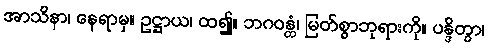
အာသိနာ၊ နေရာမှ။ ဥဋ္ဌာယ၊ ထ၍။ ဘဂဝန္တံ၊ မြတ်စွာဘုရားကို။ ပန္ဒိတွာ၊